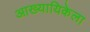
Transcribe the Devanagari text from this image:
आख्यायिकेला